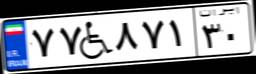
۷۷W۸۷۱۳۰